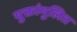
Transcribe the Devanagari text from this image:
युक्तांगुलित